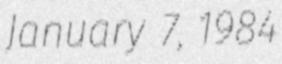
January 7, 1984